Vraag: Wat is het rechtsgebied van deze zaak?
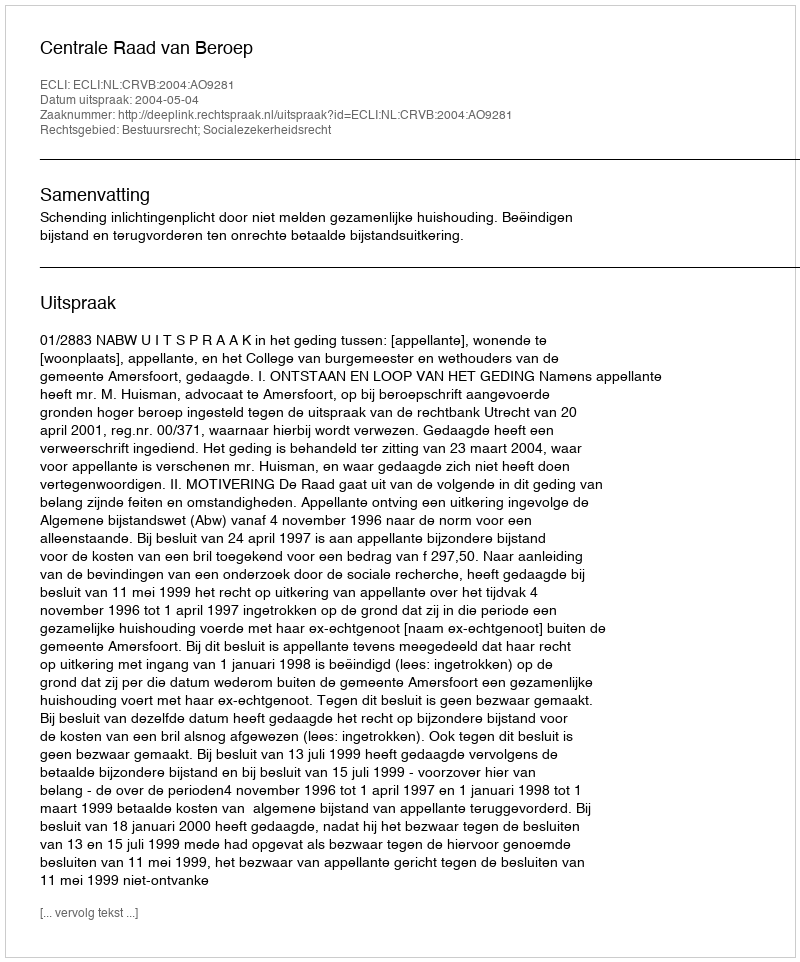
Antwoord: Bestuursrecht; Socialezekerheidsrecht